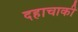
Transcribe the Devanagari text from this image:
दहाचाकी